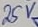
Text: 25V